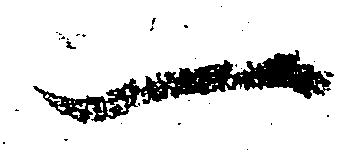
一